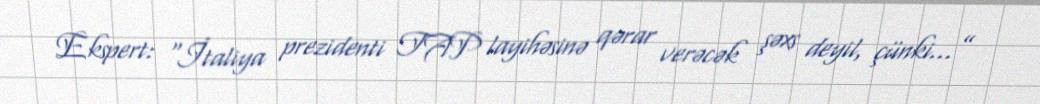
Ekspert: “İtaliya prezidenti TAP layihəsinə qərar verəcək şəxs deyil, çünki...”